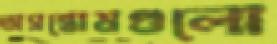
অসন্তোষগুলো